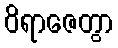
ဝိရာဇေတွာ